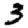
Digit: 3